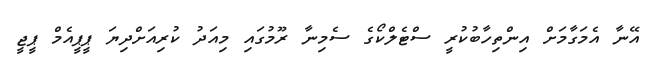
އޭނާ އެމަގާމަށް އިންތިހާބުކުރީ ސްޓެލްކޯގެ ސެމިނާ ރޫމުގައި މިއަދު ކުރިއަށްދިޔަ ޕީޕީއެމް ޕީޖީ